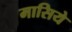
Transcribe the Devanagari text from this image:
मासिये